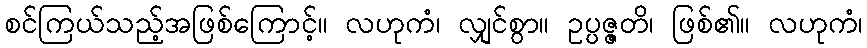
စင်ကြယ်သည့်အဖြစ်ကြောင့်။ လဟုကံ၊ လျှင်စွာ။ ဥပ္ပဇ္ဇတိ၊ ဖြစ်၏။ လဟုကံ၊